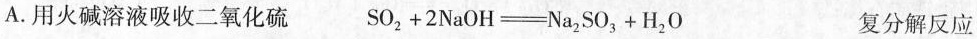
A.用火碱溶液吸收二氧化硫 SO_{2}+2NaOH \xlongequal[]{} Na_{2}SO_{3}+H_{2}O 复分解反应